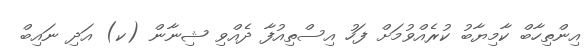
އިންތިހާބް ކާމިޔާބު ކުރެއްވުމަށް ފަހު އިސްތިއުފާ ދެއްވި ޝިނާން (ކ) އަދި ނައިބް